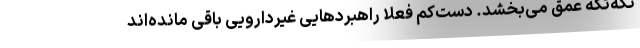
تکه‌تکه عمق می‌بخشد. دست‌کم فعلاً راهبردهایی غیردارویی باقی مانده‌اند